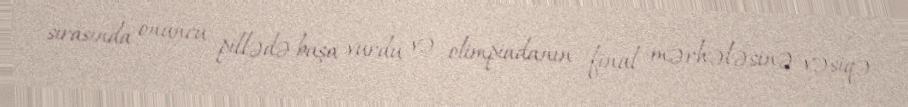
sırasında onuncu pillədə başa vurdu və olimpiadanın final mərhələsinə vəsiqə